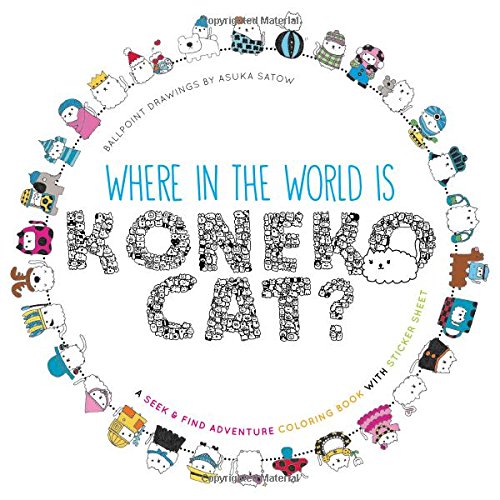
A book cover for Where in the World Is Koneko Cat?: A Seek & Find Coloring Adventure Book; Asuka Satow; Humor & Entertainment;